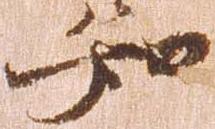
知